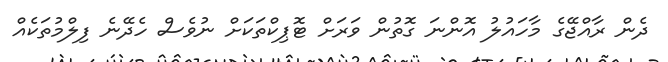
ދެން ރާއްޖޭގެ މާހައުލު އޮންނަ ގޮތުން ވަރަށް ޓޮޕިކްތަކަށް ނުވެސް ހެދޭނެ ފިލްމުތަކެއް